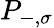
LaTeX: P_{-,\sigma}